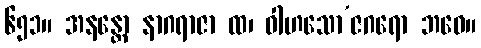
၆၅၁။ အနန္တော နာဂရာဇာ ထ၊ ဝါဟသော’ဇဂရော ဘဝေ။